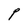
Character: P